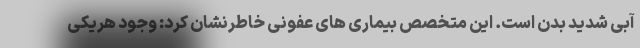
آبی شدید بدن است. این متخصص بیماری های عفونی خاطرنشان کرد: وجود هریکی